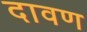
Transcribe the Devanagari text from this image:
दावण